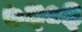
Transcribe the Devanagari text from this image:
७६०३